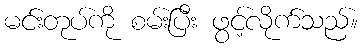
မင်းတုပ်ကို စမ်းပြီး ဖွင့်လိုက်သည်။